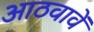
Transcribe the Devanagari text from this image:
आठवावें